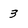
Character: 3